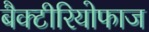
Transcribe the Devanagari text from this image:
बैक्टीरियोफाज